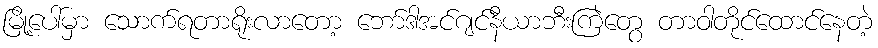
မြို့ပေါ်မှာ သောက်ရတာရိုးလာတော့ ဘော်ဒါအင်ဂျင်နီယာဘီးကြဲတွေ တာဝါတိုင်ထောင်နေတဲ့